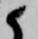
候